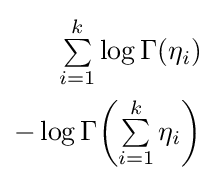
{\begin{aligned}\textstyle \sum \limits _{i=1}^{k}\log \Gamma (\eta _{i})\\\textstyle -\log \Gamma {\left(\sum \limits _{i=1}^{k}\eta _{i}\right)}\end{aligned}}